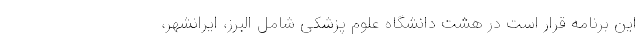
این برنامه قرار است در هشت دانشگاه علوم پزشکی شامل البرز، ایرانشهر،